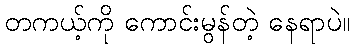
တကယ့်ကို ကောင်းမွန်တဲ့ နေရာပဲ။